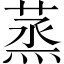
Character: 蒸